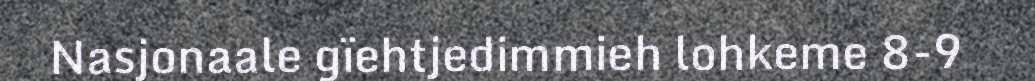
Nasjonaale gïehtjedimmieh lohkeme 8-9